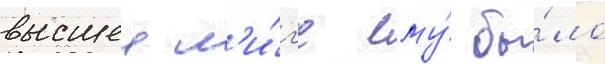
высшеи л'и́г'е ему́ бы́ло